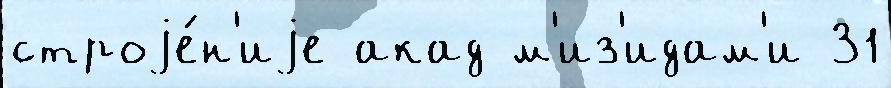
строjе́н'иjе акад м'из'идам'и 31